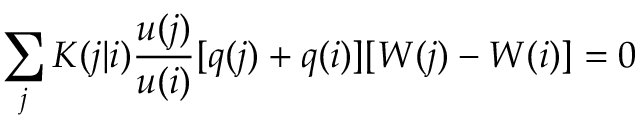
\sum _ { j } K ( j | i ) \frac { u ( j ) } { u ( i ) } [ q ( j ) + q ( i ) ] [ W ( j ) - W ( i ) ] = 0